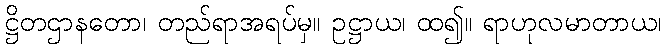
ဋ္ဌိတဌာနတော၊ တည်ရာအရပ်မှ။ ဥဋ္ဌာယ၊ ထ၍။ ရာဟုလမာတာယ၊